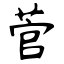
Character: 菅